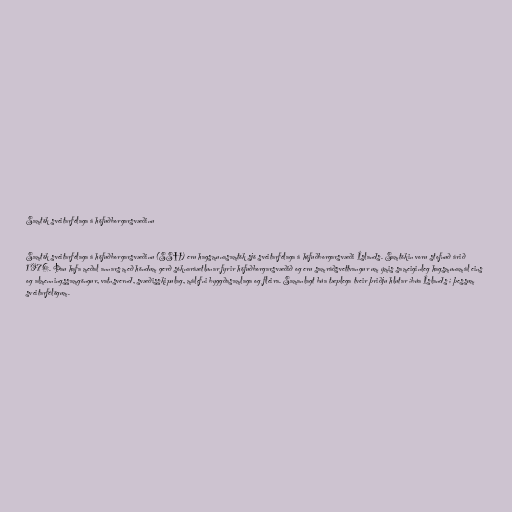
Samtök sveitarfélaga á höfuðborgarsvæðinu

Samtök sveitarfélaga á höfuðborgarsvæðinu (SSH) eru hagsmunasamtök sjö sveitarfélaga á höfuðborgarsvæði Íslands. Samtökin voru stofnuð árið
1976. Þau hafa meðal annars með höndum gerð sóknaráætlunar fyrir höfuðborgarsvæðið og eru samráðsvettvangur um ýmis sameiginleg hagsmunamál eins
og almenningssamgöngur, vatnsvernd, svæðisskipulag, málefni byggðasamlaga og fleira. Samanlagt búa tæplega tveir þriðju hlutar íbúa Íslands í þessum
sveitarfélögum.